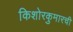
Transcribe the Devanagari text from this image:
किशोरकुमारची